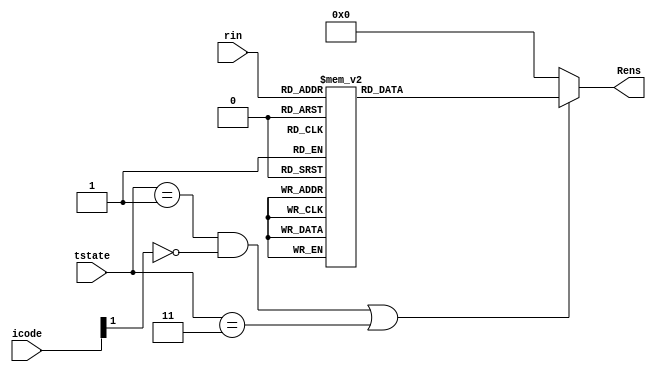
module Renable (
	input [2:0] rin,
	input [1:0] tstate,
	input [1:0] icode,
	output reg [7:0] Rens
	);

	always@(*)
	if( (tstate == 2'd1 && icode[1]!=1'b1) || (tstate == 2'b11))
		case(rin)
			3'b000: Rens = 8'b00000001;
			3'b001: Rens = 8'b00000010;
			3'b010: Rens = 8'b00000100;
			3'b011: Rens = 8'b00001000;
			3'b100: Rens = 8'b00010000;
			3'b101: Rens = 8'b00100000;
			3'b110: Rens = 8'b01000000;
			3'b111: Rens = 8'b10000000;
			default: Rens = 8'd0;
		endcase
    else
        Rens = 8'd0;
endmodule